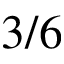
3 / 6